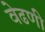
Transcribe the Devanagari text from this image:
वेढणी